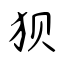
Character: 狈